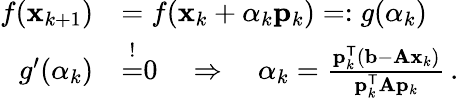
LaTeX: {\begin{array}{rl}{f(\mathbf{x}_{k+1})}&{=f(\mathbf{x}_{k}+\alpha_{k}\mathbf{p}_{k})=:g(\alpha_{k})}\\ {g^{\prime}(\alpha_{k})}&{{\overset{!}{=}}0\quad\Rightarrow\quad\alpha_{k}={\frac{\mathbf{p}_{k}^{\mathsf{T}}(\mathbf{b}-\mathbf{Ax}_{k})}{\mathbf{p}_{k}^{\mathsf{T}}\mathbf{A}\mathbf{p}_{k}}}\, .}\end{array}}